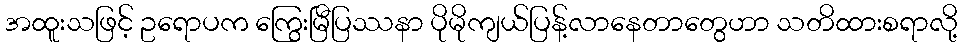
အထူးသဖြင့် ဥရောပက ကြွေးမြီပြဿနာ ပိုမိုကျယ်ပြန့်လာနေတာတွေဟာ သတိထားစရာလို့